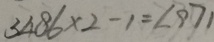
3 4 8 6 \times 2 - 1 = 6 9 7 1